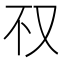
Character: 𰆱